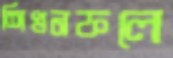
শিখনফলে